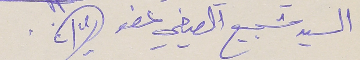
السيد شجيع الصيفي عضو